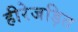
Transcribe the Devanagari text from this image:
हीरेजड़ित